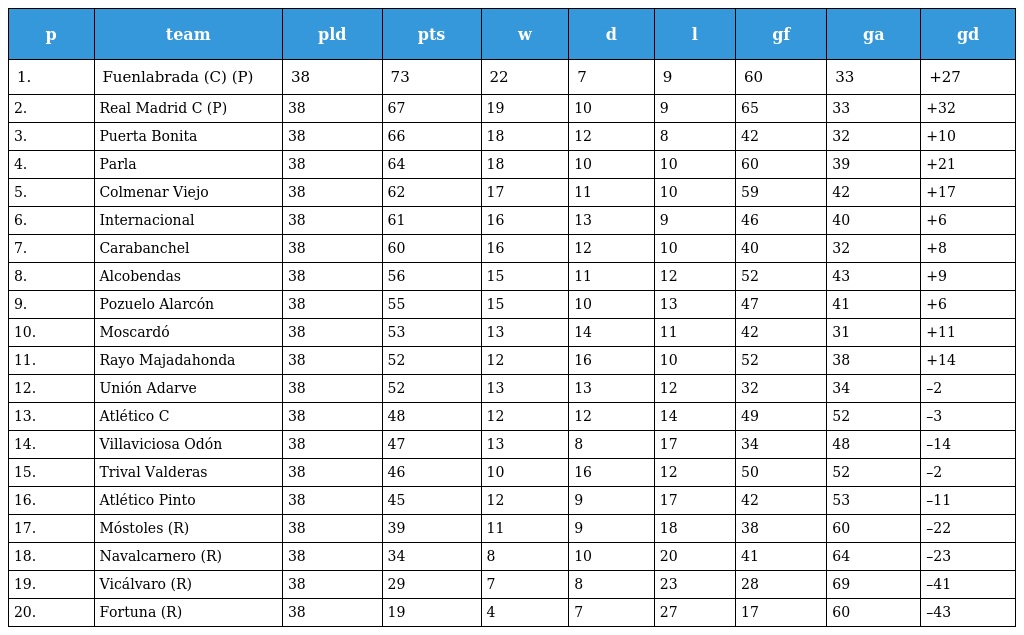
| p | team | pld | pts | w | d | l | gf | ga | gd |
 | --- | --- | --- | --- | --- | --- | --- | --- | --- | --- |
 | 1. | Fuenlabrada (C) (P) | 38 | 73 | 22 | 7 | 9 | 60 | 33 | +27 |
 | 2. | Real Madrid C (P) | 38 | 67 | 19 | 10 | 9 | 65 | 33 | +32 |
 | 3. | Puerta Bonita | 38 | 66 | 18 | 12 | 8 | 42 | 32 | +10 |
 | 4. | Parla | 38 | 64 | 18 | 10 | 10 | 60 | 39 | +21 |
 | 5. | Colmenar Viejo | 38 | 62 | 17 | 11 | 10 | 59 | 42 | +17 |
 | 6. | Internacional | 38 | 61 | 16 | 13 | 9 | 46 | 40 | +6 |
 | 7. | Carabanchel | 38 | 60 | 16 | 12 | 10 | 40 | 32 | +8 |
 | 8. | Alcobendas | 38 | 56 | 15 | 11 | 12 | 52 | 43 | +9 |
 | 9. | Pozuelo Alarcón | 38 | 55 | 15 | 10 | 13 | 47 | 41 | +6 |
 | 10. | Moscardó | 38 | 53 | 13 | 14 | 11 | 42 | 31 | +11 |
 | 11. | Rayo Majadahonda | 38 | 52 | 12 | 16 | 10 | 52 | 38 | +14 |
 | 12. | Unión Adarve | 38 | 52 | 13 | 13 | 12 | 32 | 34 | –2 |
 | 13. | Atlético C | 38 | 48 | 12 | 12 | 14 | 49 | 52 | –3 |
 | 14. | Villaviciosa Odón | 38 | 47 | 13 | 8 | 17 | 34 | 48 | –14 |
 | 15. | Trival Valderas | 38 | 46 | 10 | 16 | 12 | 50 | 52 | –2 |
 | 16. | Atlético Pinto | 38 | 45 | 12 | 9 | 17 | 42 | 53 | –11 |
 | 17. | Móstoles (R) | 38 | 39 | 11 | 9 | 18 | 38 | 60 | –22 |
 | 18. | Navalcarnero (R) | 38 | 34 | 8 | 10 | 20 | 41 | 64 | –23 |
 | 19. | Vicálvaro (R) | 38 | 29 | 7 | 8 | 23 | 28 | 69 | –41 |
 | 20. | Fortuna (R) | 38 | 19 | 4 | 7 | 27 | 17 | 60 | –43 |